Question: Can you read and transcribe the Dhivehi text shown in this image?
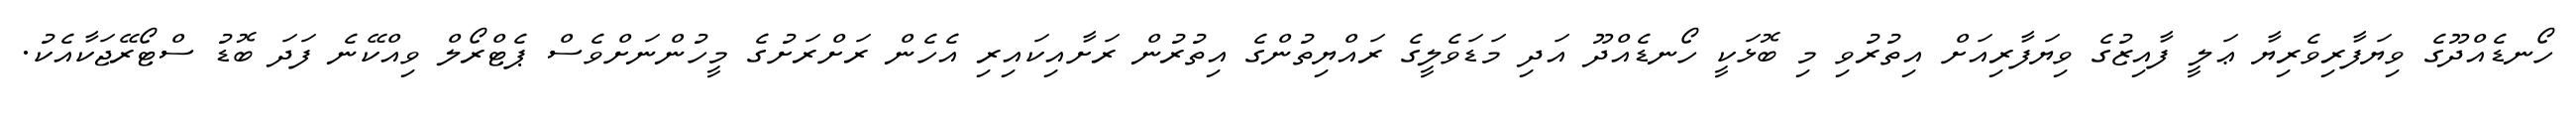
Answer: ހޯނޑެއްދޫގެ ވިޔަފާރިވެރިޔާ ޢަލީ ފާއިޒުގެ ވިޔަފާރިއަށް އިތުރުވި މި ބޮޅަކީ ހޯނޑެއްދޫ އަދި މަޑަވެލީގެ ރައްޔިތުންގެ އިތުރުން ރަށާއިކައިރި އެހެން ރަށްރަށުގެ މީހުންނަށްވެސް ޕެޓްރޯލް ވިއްކޭނެ ފަދަ ބޮޑު ސްޓޯރޭޖަކާއެކު.